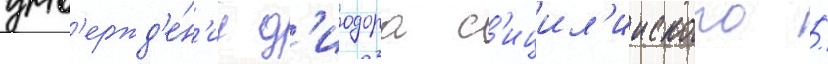
утв'ержд'е́н'иу д'иодора с'ицил'ииского /